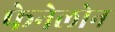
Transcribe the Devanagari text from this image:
फेनेलोन